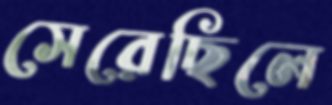
সেরেছিলে